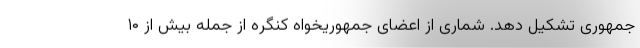
جمهوری تشکیل دهد. شماری از اعضای جمهوریخواه کنگره از جمله بیش از ۱۰